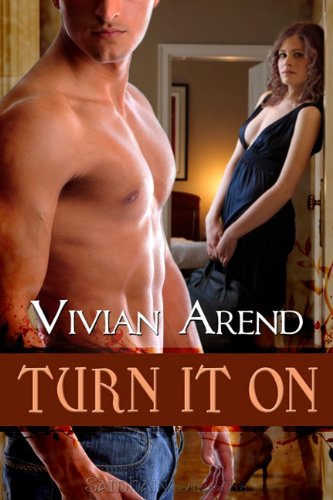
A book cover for Turn It On (Turner Twins); Vivian Arend; Romance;